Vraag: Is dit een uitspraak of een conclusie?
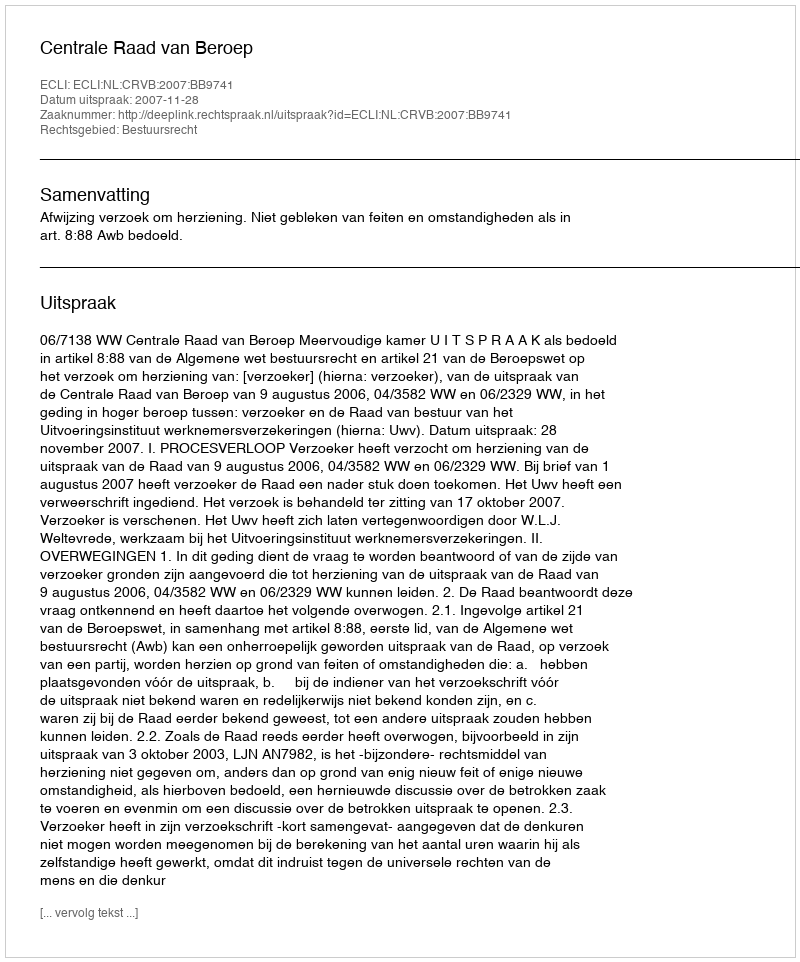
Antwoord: Uitspraak